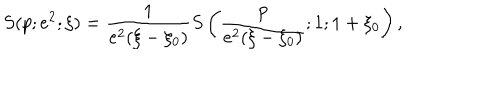
LaTeX: S ( p ; e ^ { 2 } ; \xi ) = \frac { 1 } { e ^ { 2 } ( \xi - \xi _ { 0 } ) } S \left( \frac { p } { e ^ { 2 } ( \xi - \xi _ { 0 } ) } ; 1 ; 1 + \xi _ { 0 } \right) ,